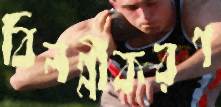
বিলগ্নীকরণ